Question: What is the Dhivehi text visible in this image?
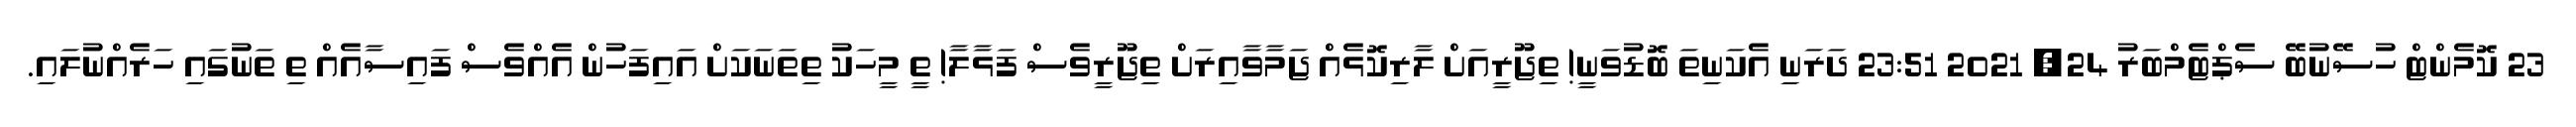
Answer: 23 ކޮމެންޓް ހުސޭނުބޭ ސެޕްޓެމްބަރު 24, 2021 23:51 ދަރަނި އެކަނިތަ ބޮޑުވަނީ! ތިޖޫރީއަށް ލާރިކޮޅެއް ޖަމާވާއިރަށް ތިޖޫރީވެސް ފަޅާލާ! ތީ މީހަކު ތިތަނަކަށް އައިފަހުން އެއްވެސް ފައިސާއެއް ތި ތަނުގައި ހަރެއްނުލައި.